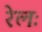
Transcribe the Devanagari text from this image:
रेलः